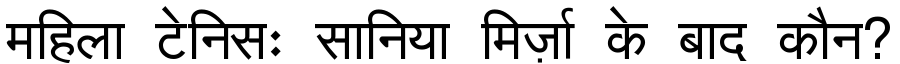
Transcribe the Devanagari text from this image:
महिला टेनिसः सानिया मिर्ज़ा के बाद कौन?